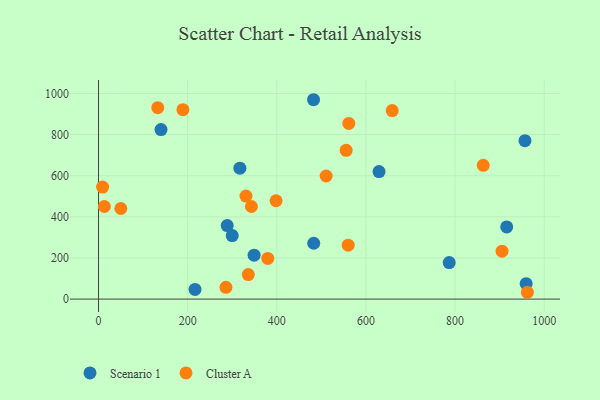
{"axis": {"x": "Price", "y": "Profit"}, "legend": ["Cluster A", "Scenario 1"], "data": [{"x": "786.9", "y": 177.7, "type": "Scenario 1"}, {"x": "629.4", "y": 620.4, "type": "Scenario 1"}, {"x": "216.5", "y": 46.9, "type": "Scenario 1"}, {"x": "288.8", "y": 357.5, "type": "Scenario 1"}, {"x": "317.2", "y": 636.6, "type": "Scenario 1"}, {"x": "959.5", "y": 75.2, "type": "Scenario 1"}, {"x": "956.9", "y": 770.7, "type": "Scenario 1"}, {"x": "349.1", "y": 213.6, "type": "Scenario 1"}, {"x": "482.5", "y": 969.7, "type": "Scenario 1"}, {"x": "915.9", "y": 351.1, "type": "Scenario 1"}, {"x": "300.0", "y": 309.1, "type": "Scenario 1"}, {"x": "140.2", "y": 824.6, "type": "Scenario 1"}, {"x": "482.9", "y": 271.6, "type": "Scenario 1"}, {"x": "905.4", "y": 232.9, "type": "Cluster A"}, {"x": "561.6", "y": 854.2, "type": "Cluster A"}, {"x": "285.9", "y": 57.5, "type": "Cluster A"}, {"x": "510.8", "y": 598.8, "type": "Cluster A"}, {"x": "555.7", "y": 723.4, "type": "Cluster A"}, {"x": "379.8", "y": 197.7, "type": "Cluster A"}, {"x": "330.9", "y": 501.2, "type": "Cluster A"}, {"x": "398.4", "y": 478.4, "type": "Cluster A"}, {"x": "962.3", "y": 33.2, "type": "Cluster A"}, {"x": "336.0", "y": 119.2, "type": "Cluster A"}, {"x": "560.2", "y": 262.2, "type": "Cluster A"}, {"x": "863.3", "y": 650.8, "type": "Cluster A"}, {"x": "132.9", "y": 931.0, "type": "Cluster A"}, {"x": "9.2", "y": 544.7, "type": "Cluster A"}, {"x": "13.1", "y": 450.4, "type": "Cluster A"}, {"x": "50.0", "y": 440.6, "type": "Cluster A"}, {"x": "659.0", "y": 917.1, "type": "Cluster A"}, {"x": "343.1", "y": 450.3, "type": "Cluster A"}, {"x": "189.4", "y": 921.1, "type": "Cluster A"}]}